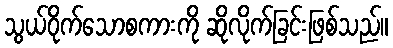
သွယ်ဝိုက်သောစကားကို ဆိုလိုက်ခြင်းဖြစ်သည်။